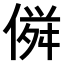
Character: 𠌏